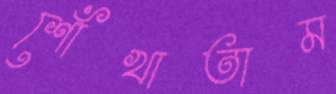
শোঁখাতাম